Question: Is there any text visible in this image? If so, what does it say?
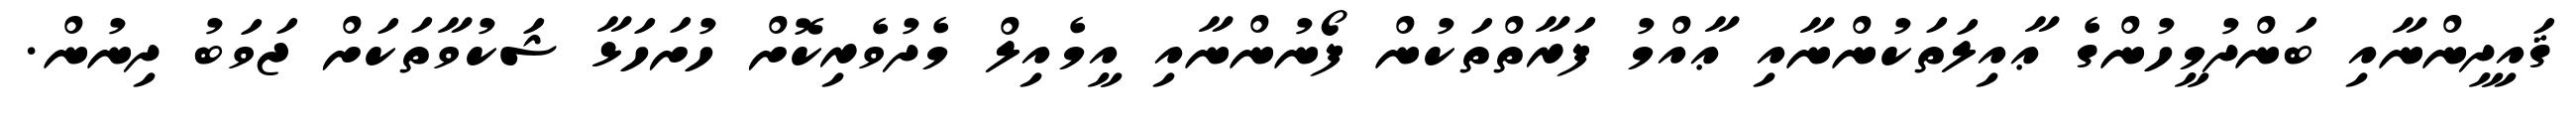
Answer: ޤައިދީންނާއި ބަންދުމީހުންގެ ޢާއިލަތަކުންނާއި ޢާއްމު ފަރާތްތަކުން ފޯނުންނާއި އީމެއިލް މެދުވެރިކޮށް ހުށަހަޅާ ޝަކުވާތަކަށް ޖަވަބު ދިނުން.